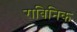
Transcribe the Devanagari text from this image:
राबिनिक